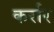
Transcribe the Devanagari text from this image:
कर्रार